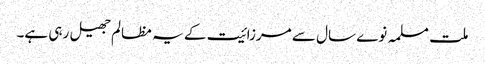
ملت مسلمہ نوے سال سے مرزائیت کے یہ مظالم جھیل رہی ہے۔